Plague in India, 1896, 1897 - Volume 2
Year: 1896
Disease focus: Plague
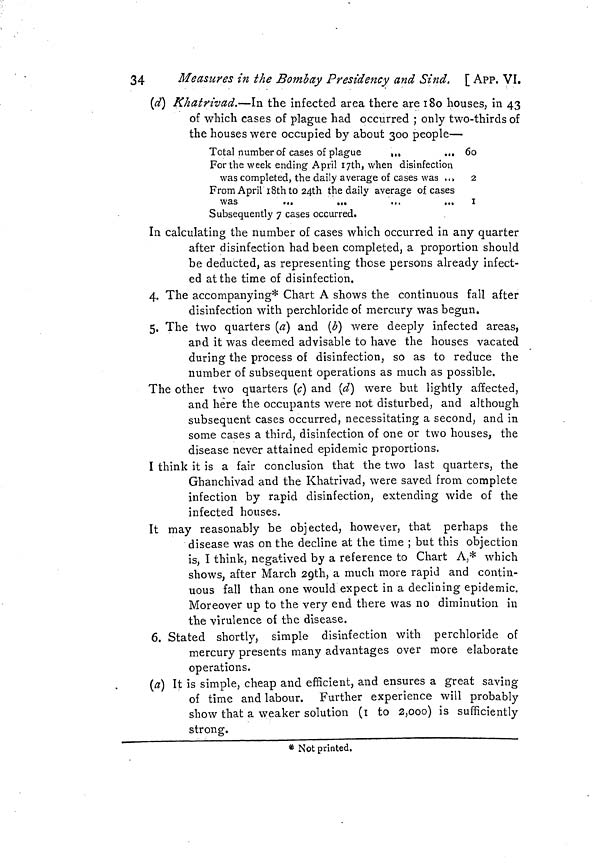
34
Measures in the Bombay Presidency and Sind. [ APP, VI.
(d) Khatrivad.—In the infected area there are 180 houses, in 43
of which cases of plague had occurred ; only two-thirds of
the houses were occupied by about 300 people—
Total number of cases of plague
....
...
For the week ending April I7th, when disinfection
was completed, the daily average of cases was ..,
From April 18th to 24th the daily average of cases
was
...
...
Subsequently 7 cases occurred.
60
2
I
In calculating the number of cases which occurred in any quarter
after disinfection had been completed, a proportion should
be deducted, as representing those persons already infect-
ed at the time of disinfection.
4. The accompanying* Chart A shows the continuous fall after
disinfection with perchloride of mercury was begun.
5. The two quarters (a) and (b) were deeply infected areas,
and it was deemed advisable to have the houses vacated
during the process of disinfection, so as to reduce the
number of subsequent operations as much as possible.
The other two quarters (c) and (d) were but lightly affected,
and here the occupants were not disturbed, and although
subsequent cases occurred, necessitating a second, and in
some cases a third, disinfection of one or two houses, the
disease never attained epidemic proportions.
I think it is a fair conclusion that the two last quarters, the
Ghanchivad and the Khatrivad, were saved from complete
infection by rapid disinfection, extending wide of the
infected houses.
It may reasonably be objected, however, that perhaps the
disease was on the decline at the time ; but this objection
is, I think, negatived by a reference to Chart A,* which
shows, after March 29th, a much more rapid and contin-
uous fall than one would expect in a declining epidemic.
Moreover up to the very end there was no diminution in
the virulence of the disease.
6. Stated shortly, simple disinfection with perchloride of
mercury presents many advantages over more elaborate
operations.
(a) It is simple, cheap and efficient, and ensures a great saving
of time and labour. Further experience will probably
show that a weaker solution (1 to 2,000) is sufficiently
strong.
* Not printed.